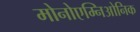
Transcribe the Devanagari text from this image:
मोनोएम्निओनिक